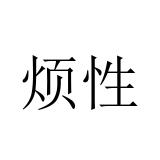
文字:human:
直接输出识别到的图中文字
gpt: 烦性